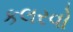
કલરવો